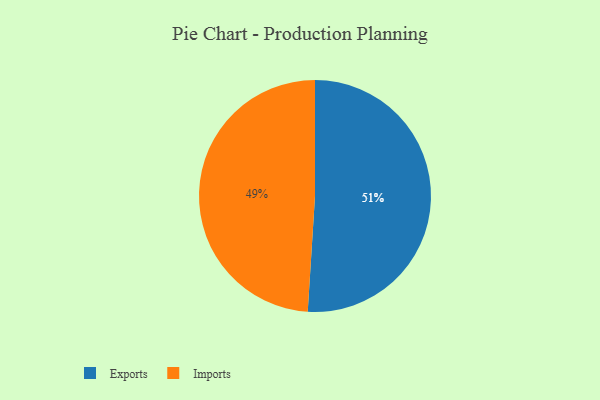
{"axis": {"x": "Category", "y": "Percentage"}, "legend": ["Exports", "Imports"], "data": [{"x": "Exports", "y": 51, "type": "Exports"}, {"x": "Imports", "y": 49, "type": "Imports"}]}